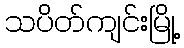
သပိတ်ကျင်းမြို့